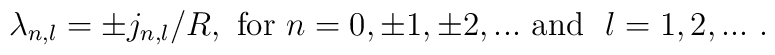
\lambda _{n,l}=\pm j_{n,l}/R,\ {\rm for\ }n=0,\pm 1,\pm 2,...\ {\rm and\ }\ \l=1,2,...\ .